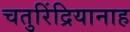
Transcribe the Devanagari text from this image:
चतुरिंद्रियानाह